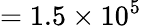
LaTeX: =1.5\times 10^{5}